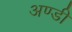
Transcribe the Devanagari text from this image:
अण्डी